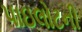
પાઇલોટની